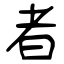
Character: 者